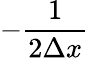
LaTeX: -\frac{1}{2\Delta x}